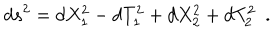
d s ^ { 2 } = d X _ { 1 } ^ { 2 } - d T _ { 1 } ^ { 2 } + d X _ { 2 } ^ { 2 } + d T _ { 2 } ^ { 2 } ~ ~ .